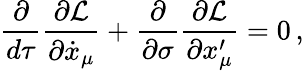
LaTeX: \frac{\partial}{d\tau}\frac{\partial\mathcal{L}}{\partial\dot{x}_{\mu}}+\frac{\partial}{\partial\sigma}\frac{\partial\mathcal{L}}{\partial x_{\mu}^{\prime}}=0\, ,